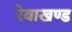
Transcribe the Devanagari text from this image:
रेवाखण्ड